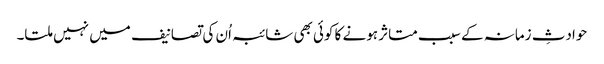
حوادثِ زمانہ کے سبب متاثر ہونے کا کوئی بھی شائبہ اُن کی تصانیف میں نہیں ملتا۔